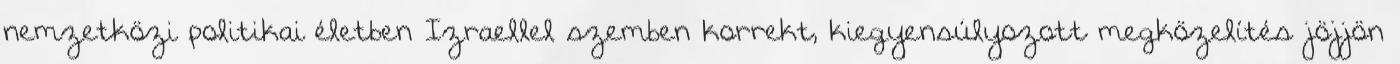
nemzetközi politikai életben Izraellel szemben korrekt, kiegyensúlyozott megközelítés jöjjön